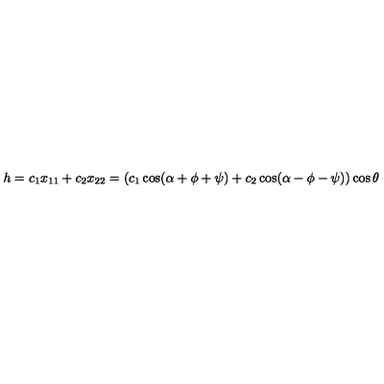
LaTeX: h = c _ { 1 } x _ { 1 1 } + c _ { 2 } x _ { 2 2 } = ( c _ { 1 } \cos ( \alpha + \phi + \psi ) + c _ { 2 } \cos ( \alpha - \phi - \psi ) ) \cos \theta